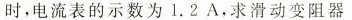
时，电流表的示数为1.2A.求滑动变阻器